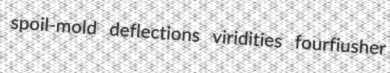
spoil-mold deflections viridities fourfiusher